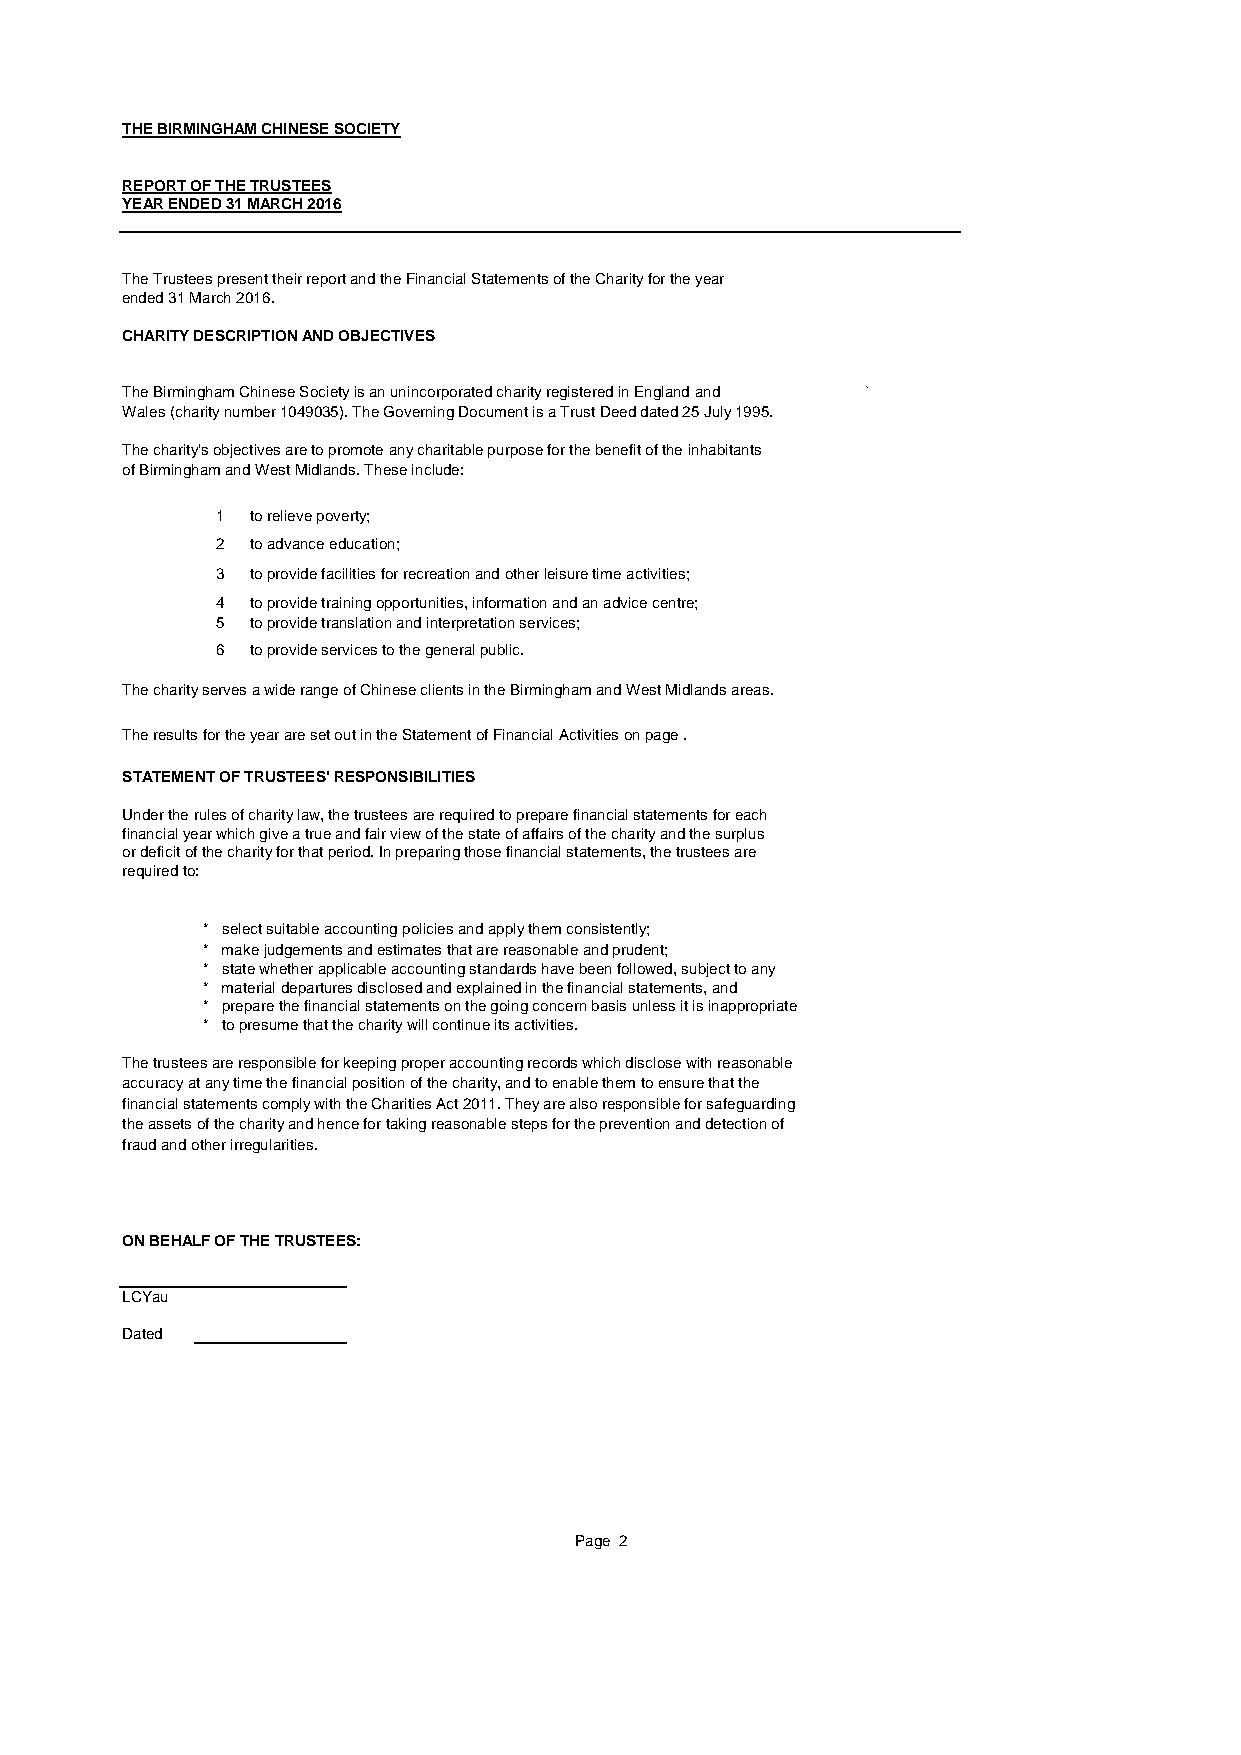
THE BIRMINGHAM CHINESE SOCIETY
 REPORT OF THE TRUSTEES
 YEAR ENDED 31 MARCH 2016
 The Trustees present their report and the Financial Statements of the Charity for the year
 ended 31 March 2016.
 CHARITY DESCRIPTION AND OBJECTIVES
 The Birmingham Chinese Society is an unincorporated charity registered in England and `
 Wales (charity number 1049035). The Governing Document is a Trust Deed dated 25 July 1995.
 The charity's objectives are to promote any charitable purpose for the benefit of the inhabitants
 of Birmingham and West Midlands. These include:
 1  to relieve poverty;
 2  to advance education;
 3  to provide facilities for recreation and other leisure time activities;
 4  to provide training opportunities, information and an advice centre;
 5  to provide translation and interpretation services;
 6  to provide services to the general public.
 The charity serves a wide range of Chinese clients in the Birmingham and West Midlands areas.
 The results for the year are set out in the Statement of Financial Activities on page .
 STATEMENT OF TRUSTEES' RESPONSIBILITIES
 Under the rules of charity law, the trustees are required to prepare financial statements for each
 financial year which give a true and fair view of the state of affairs of the charity and the surplus
 or deficit of the charity for that period. In preparing those financial statements, the trustees are
 required to:
 * select suitable accounting policies and apply them consistently;
 * make judgements and estimates that are reasonable and prudent;
 * state whether applicable accounting standards have been followed, subject to any
 * material departures disclosed and explained in the financial statements, and
 * prepare the financial statements on the going concern basis unless it is inappropriate
 * to presume that the charity will continue its activities.
 The trustees are responsible for keeping proper accounting records which disclose with reasonable
 accuracy at any time the financial position of the charity, and to enable them to ensure that the
 financial statements comply with the Charities Act 2011. They are also responsible for safeguarding
 the assets of the charity and hence for taking reasonable steps for the prevention and detection of
 fraud and other irregularities.
 ON BEHALF OF THE TRUSTEES:
 LCYau
 Dated
 Page 2